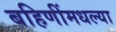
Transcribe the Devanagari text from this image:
बहिणींमधल्या